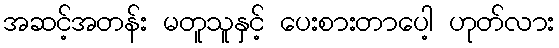
အဆင့်အတန်း မတူသူနှင့် ပေးစားတာပေါ့ ဟုတ်လား